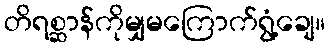
တိရစ္ဆာန်ကိုမျှမကြောက်ရွံ့ချေ။